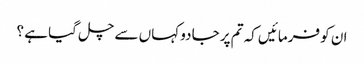
ان کو فرمائیں کہ تم پر جادو کہاں سے چل گیا ہے ؟